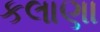
કલાણા